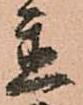
置